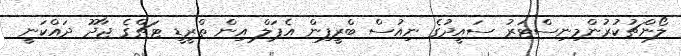
ލޯންޗުކުރުންމިނިސްޓަރު ސައީދުގެ ނިއުސް ބްރީފިން އެޕަލް އިން ތްރީޑީ ޓަޗްގެ ޖާދޫ ދައްކަނީ